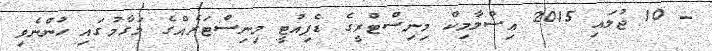
- 10 ޖުލައި 2015 އިސްލާމިކް މިނިސްޓްރީގެ ޑެޕިއުޓީ މިނިސްޓަރެއްގެ މަގާމުގައި ހުންނެވި